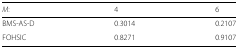
<table><thead><tr><td><b><i>M</i>:</b></td><td><b>4</b></td><td><b>6</b></td></tr></thead><tbody><tr><td>BMS-AS-D</td><td>0.3014</td><td>0.2107</td></tr><tr><td>FOHSIC</td><td>0.8271</td><td>0.9107</td></tr></tbody></table>